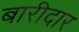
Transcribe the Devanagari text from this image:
बारीदार